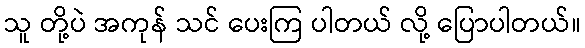
သူ တို့ပဲ အကုန် သင် ပေးကြ ပါတယ် လို့ ပြောပါတယ်။